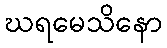
ဃရမေသိနော